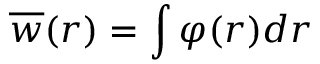
\overline { { w } } ( r ) = \int \varphi ( r ) d r